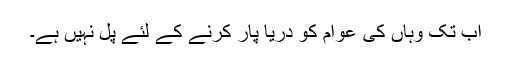
اب تک وہاں کی عوام کو دریا پار کرنے کے لئے پل نہیں ہے۔